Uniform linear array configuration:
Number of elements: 48
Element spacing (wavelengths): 0.75
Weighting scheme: cosine
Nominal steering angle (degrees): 30
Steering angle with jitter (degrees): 29.926
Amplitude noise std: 0.05
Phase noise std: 0.05

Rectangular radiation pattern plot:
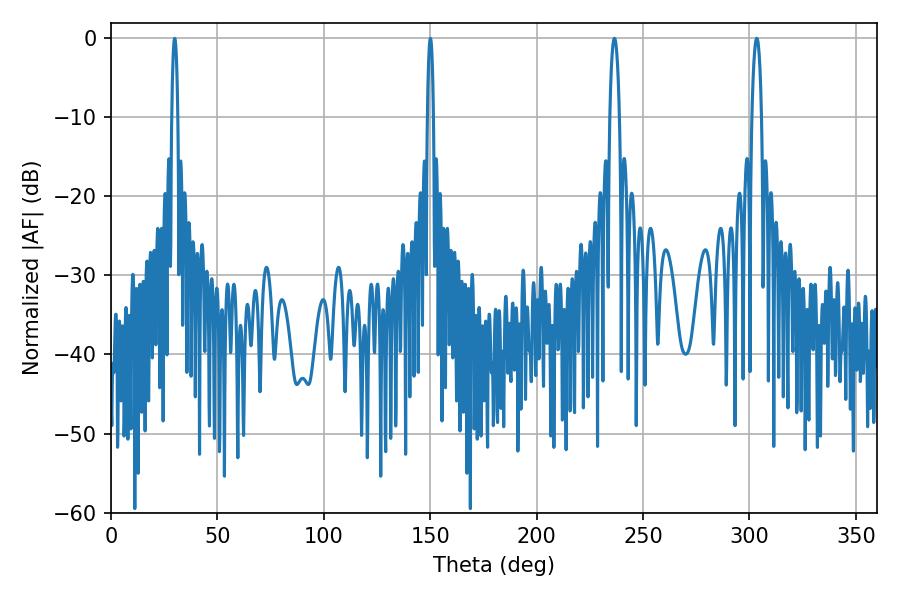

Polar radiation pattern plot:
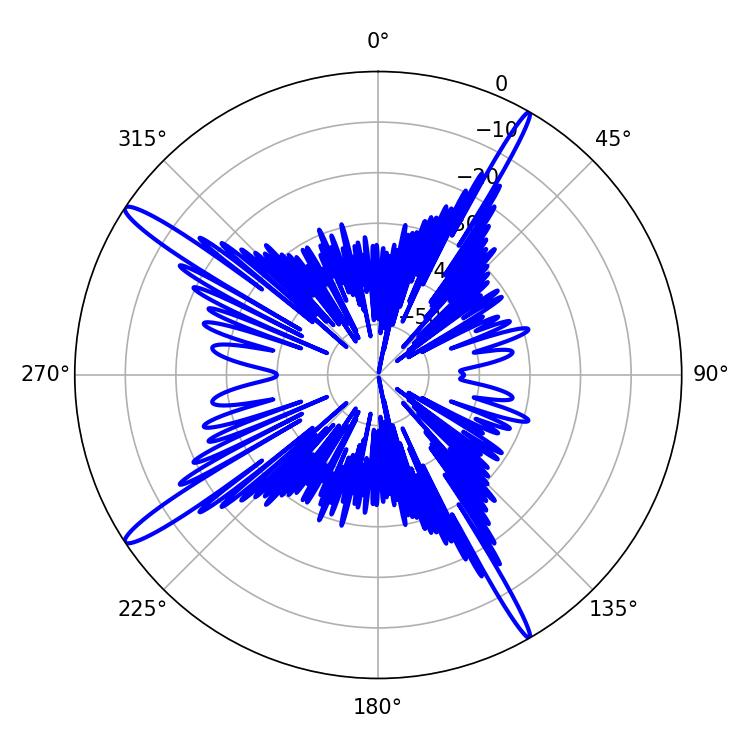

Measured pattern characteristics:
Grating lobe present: TRUE
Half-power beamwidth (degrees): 2.52
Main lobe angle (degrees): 303.48